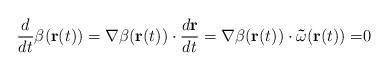
LaTeX: \begin{align*}\frac{d}{dt}\beta (\mathbf{r}(t))=\mathbf{\nabla }\beta (\mathbf{r}(t))\cdot \frac{d\mathbf{r}}{dt}=\mathbf{\nabla }\beta (\mathbf{r}(t))\cdot \mathbf{\vec{\omega}(r(}t\mathbf{))=}0 \end{align*}